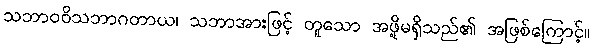
သဘာဝဝိသဘာဂတာယ၊ သဘာအားဖြင့် တူသော အဖို့မရှိသည်၏ အဖြစ်ကြောင့်။